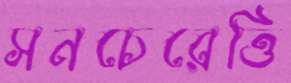
সনচেরেত্তি